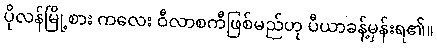
ပိုလန်မြို့စား ကလေး ဝီလာစကီဖြစ်မည်ဟု ပီယာခန့်မှန်းရ၏။